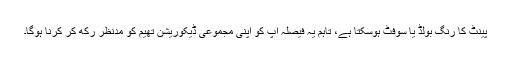
پینٹ کا رنگ بولڈ یا سوفٹ ہوسکتا ہے، تاہم یہ فیصلہ آپ کو اپنی مجموعی ڈیکوریشن تھیم کو مدِنظر رکھ کر کرنا ہوگا۔